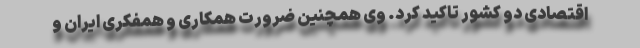
اقتصادی دو کشور تاکید کرد. وی همچنین ضرورت همکاری و همفکری ایران و